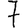
Digit: 7